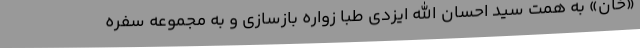
«خان» به همت سید احسان الله ایزدی طبا زواره بازسازی و به مجموعه سفره